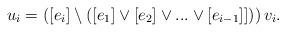
LaTeX: \begin{align*}u_i = \left([e_i] \setminus \left([e_1] \vee[e_2] \vee ... \vee [e_{i-1}]] \right) \right)v_i.\end{align*}